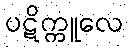
ပဋိက္ကူလေ